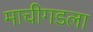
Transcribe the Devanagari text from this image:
माचीगडला